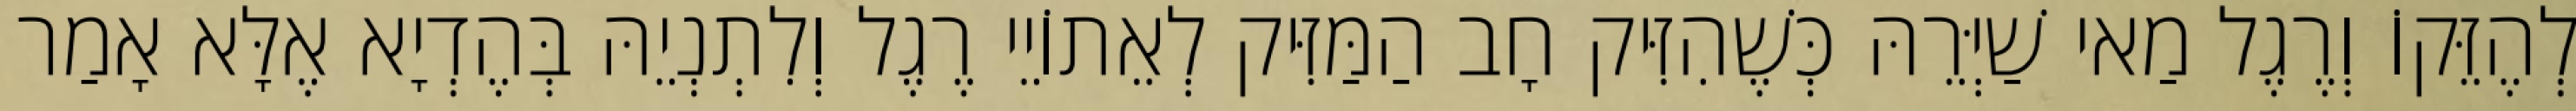
לְהֶזֵּקוֹ וְרֶגֶל מַאי שַׁיְּרֵהּ כְּשֶׁהִזִּיק חָב הַמַּזִּיק לְאֵתוֹיֵי רֶגֶל וְלִתְנְיֵהּ בְּהֶדְיָא אֶלָּא אָמַר